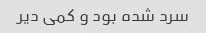
سرد شده بود و کمی دیر